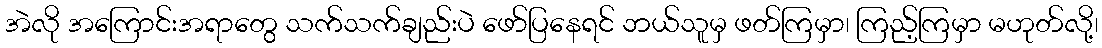
အဲလို အကြောင်းအရာတွေ သက်သက်ချည်းပဲ ဖော်ပြနေရင် ဘယ်သူမှ ဖတ်ကြမှာ၊ ကြည့်ကြမှာ မဟုတ်လို့၊